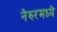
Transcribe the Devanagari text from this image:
नेरुरमध्ये